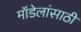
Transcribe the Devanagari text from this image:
मॉडेलांसाठी